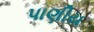
પાણીય